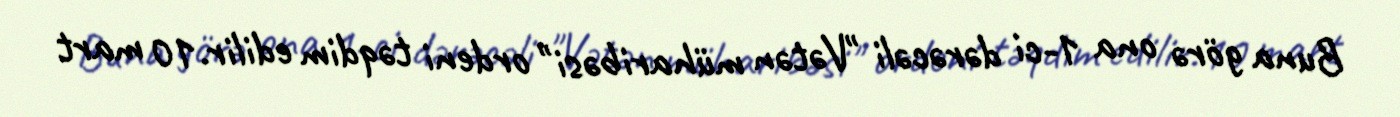
Buna görə ona 1-ci dərəcəli "Vətən müharibəsi" ordeni təqdim edilir.10 mart